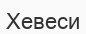
Хевеси